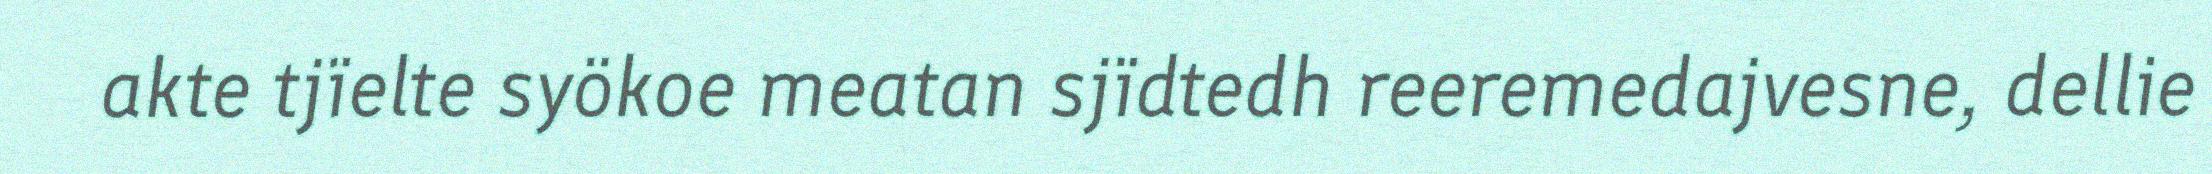
akte tjïelte syökoe meatan sjïdtedh reeremedajvesne, dellie